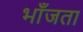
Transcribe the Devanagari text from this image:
भाँजता